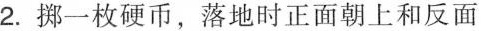
2.挪一枚硬币，落地时正面朝上和反面